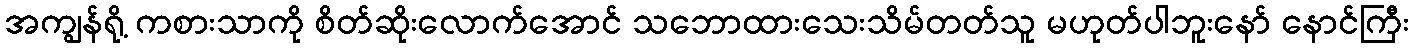
အကျွန်ရို့ ကစားသာကို စိတ်ဆိုးလောက်အောင် သဘောထားသေးသိမ်တတ်သူ မဟုတ်ပါဘူးနော် နောင်ကြီး